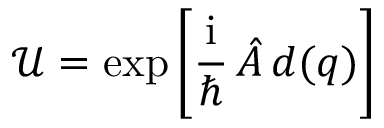
\mathcal { U } = \exp \left[ \frac { \mathrm { i } } { \hbar } \, \hat { A } \, d ( q ) \right]